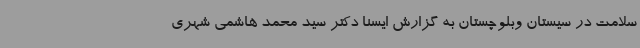
سلامت در سیستان وبلوچستان به گزارش ایسنا دکتر سید محمد هاشمی شهری